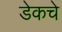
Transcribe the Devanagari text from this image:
डेकचे